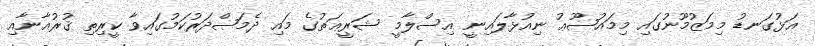
އަޅުގަނޑު މިމަޒުމޫނުގައި މިމައުޟޫޢު ނިއުޅާލައިނީ އިސްލާމީ ޝަރީޢަތުގެ މައި ދެމަޞްދަރުކަމުގައިވާ ކީރިތި ޤުރުއާނާއި